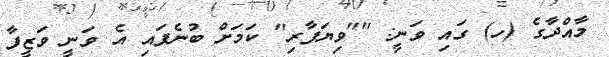
މާއްދާގެ (ހ) ގައި ވަނީ: ""ވިޔަފާރި" ކަމަށް ބުނެފައި އެ ވަނީ ވަޒީފާ